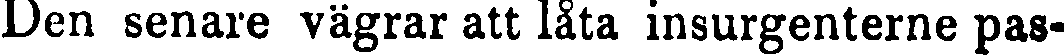
Den senare vägrar att låta insurgenterne pas-